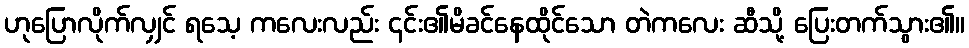
ဟုပြောလိုက်လျှင် ရသေ့ ကလေးလည်း ၎င်း၏မိခင်နေထိုင်သော တဲကလေး ဆီသို့ ပြေးတက်သွား၏။